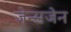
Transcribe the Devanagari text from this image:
जेन्सजेन